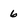
Character: 6